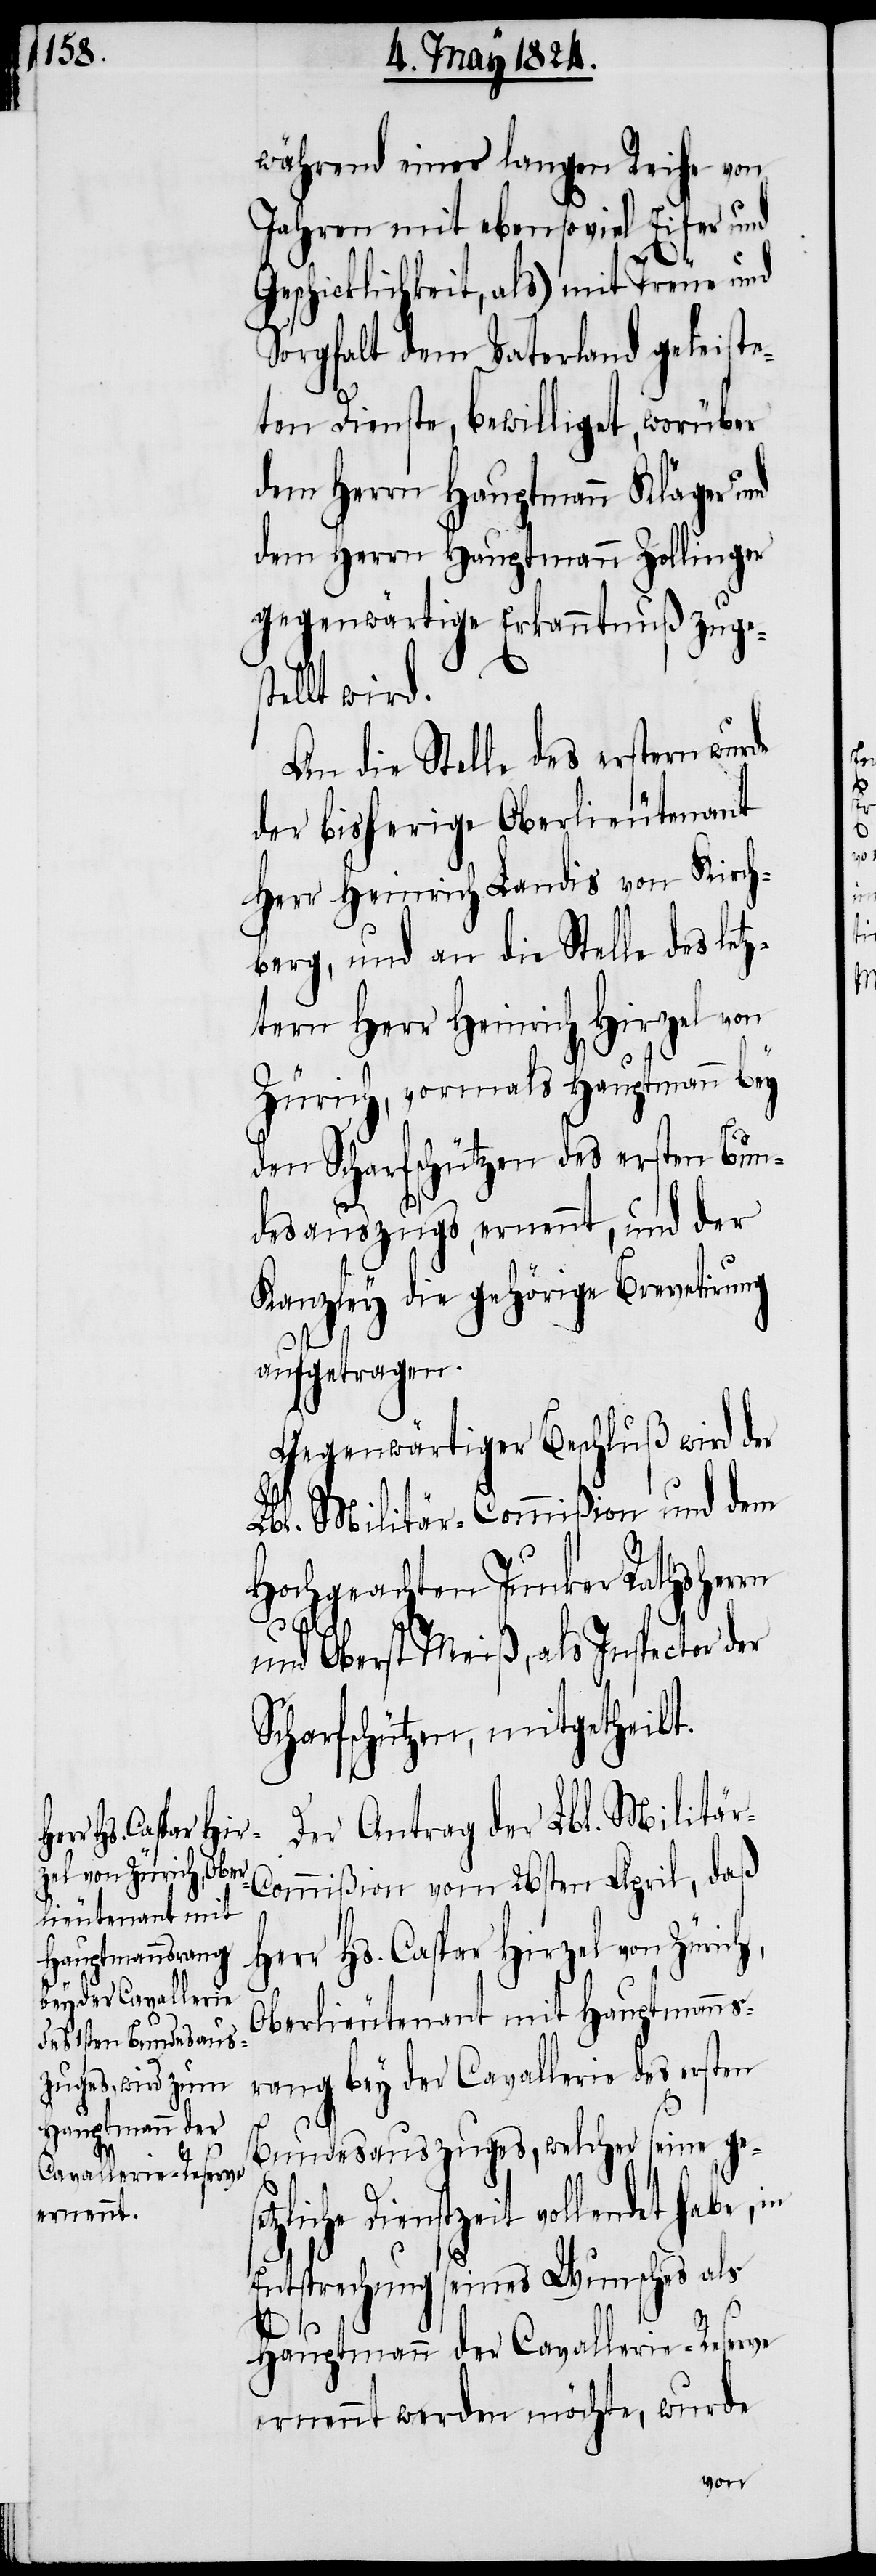
während einer langen Reihe von
Jahren mit ebenso viel Eifer und
Geschicklichkeit, als) mit Treue und
Sorgfalt dem Vaterland geleiste¬
ten Dienste, bewilliget, worüber
dem Herrn Hauptmann Zollinger
gegenwärtige Erkanntnuß zuges¬
tellt wird.
An die Stelle des erstern wurde
der bisherige Oberlieutenant
Herr Heinrich Landis von Kirch¬
berg, und an die Stelle des letz¬
tern Herr Heinrich Hirzel von
Zürich, vormals Hauptmann bey
den Scharfschützen des ersten Bun¬
desauszugs, ernennt, und der
Kanzley die gehörige Brevetirung
aufgetragen.
Gegenwärtiger Beschluß wird der
Lbl. Militär-Commißion und dem
Hochgeachten Junker Rathsherrn
und Oberst Meiß, als Inspector
Scharfschützen, mitgetheilt.
Der Antrag der Lbl. Militär-C¬
ommißion vom 26sten April, daß
Herr Hs. Caspar Hirzel von
Oberlieutenant mit Hauptmanns¬
rang bey der Cavallerie des ersten
Bundesauszuges, welcher seine
Dienstzeit vollendet habe, in
Entsprechung seines Wunsches als
Hauptmann der Cavallerie-Reserve
ernennt werden möchte, wurde